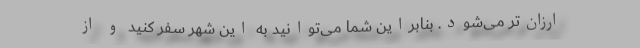
ارزان‌تر می‌شود. بنابراین شما می‌توانید به این شهر سفر کنید و از